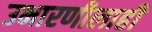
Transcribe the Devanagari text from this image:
उभारणीलाही